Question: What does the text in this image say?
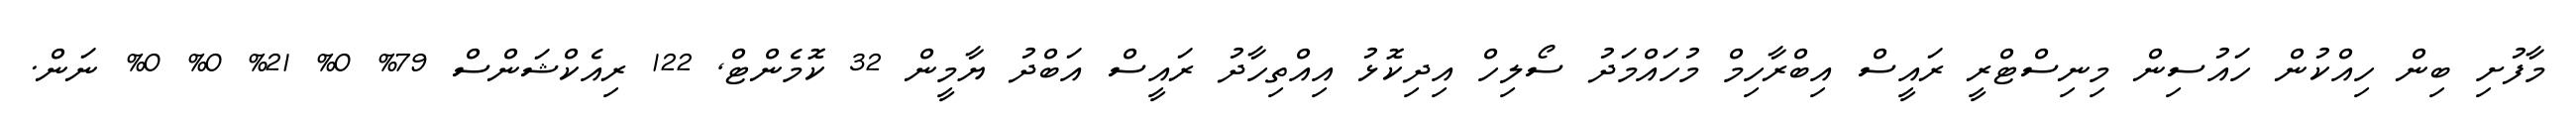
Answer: މާފުށި ބިން ހިއްކުން ހައުސިން މިނިސްޓްރީ ރައީސް އިބްރާހިމް މުހައްމަދު ސޯލިހް އިދިކޮޅު އިއްތިހާދު ރައީސް އަބްދު ޔާމީން 32 ކޮމެންޓް, 122 ރިއެކްޝަންސް 79% 0% 21% 0% 0% ނަން.